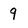
Character: 9